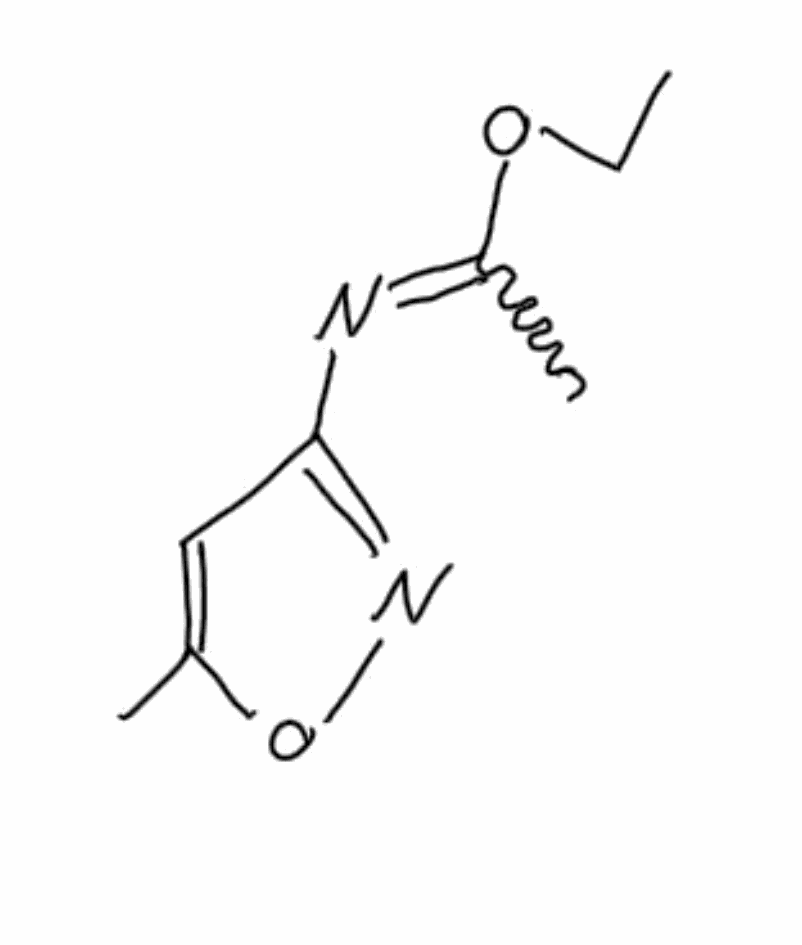
Simplified molecular-input line-entry system (SMILES) notation of the given molecule:
CCOC(=NC1=NOC(=C1)C)C